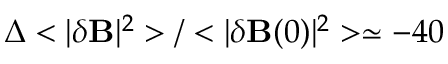
\Delta < | \delta { \bf B } | ^ { 2 } > / < | \delta { \bf B } ( 0 ) | ^ { 2 } > \simeq - 4 0 \